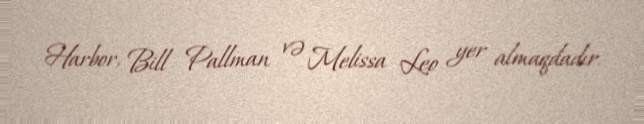
Harbor, Bill Pallman və Melissa Leo yer almaqdadır.